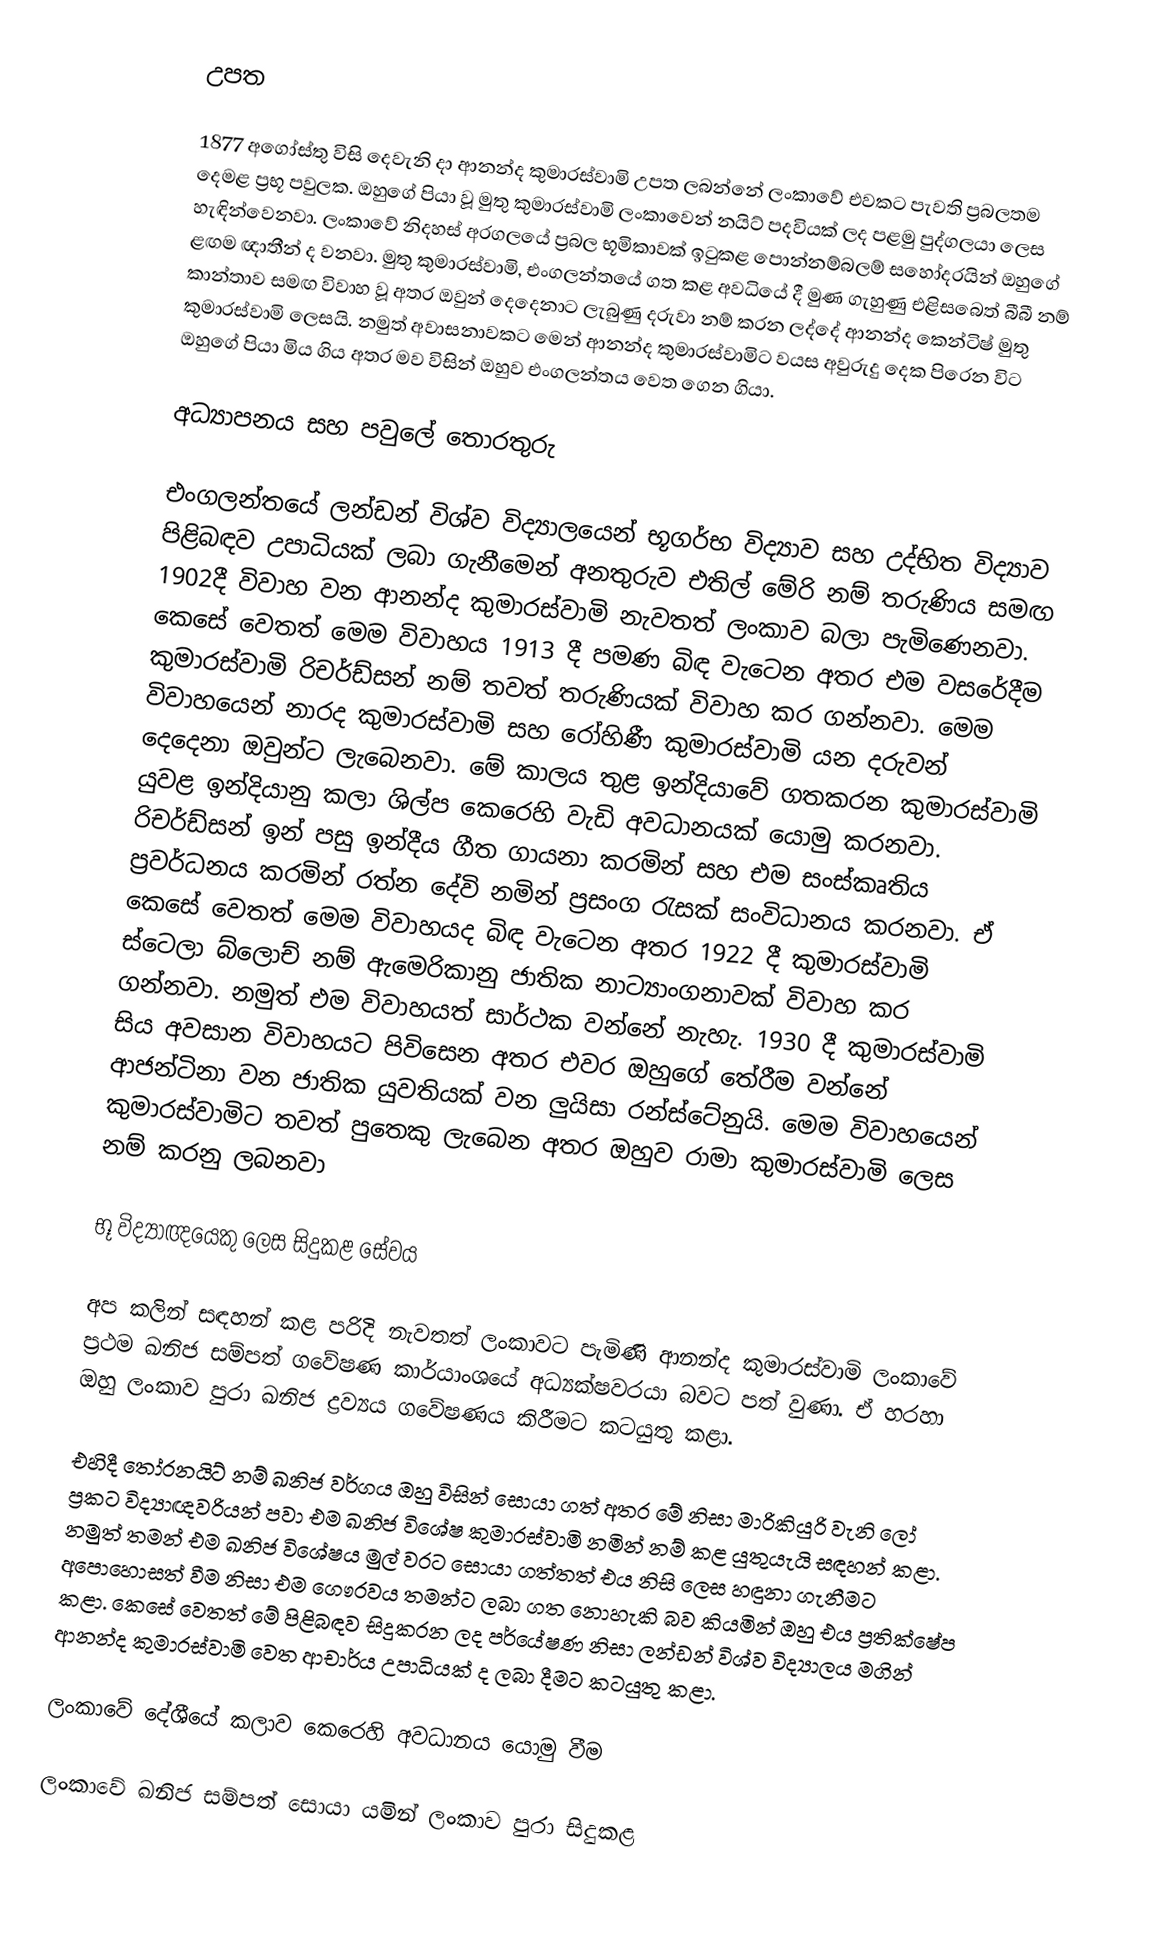
උපත

1877 අගෝස්තු විසි දෙවැනි දා ආනන්ද කුමාරස්වාමි උපත ලබන්නේ ලංකාවේ එවකට පැවති ප්‍රබලතම දෙමළ ප්‍රභූ පවුලක. ඔහුගේ පියා වූ මුතු කුමාරස්වාමි ලංකාවෙන් නයිට් පදවියක් ලද පළමු පුද්ගලයා ලෙස හැඳින්වෙනවා. ලංකාවේ නිදහස් අරගලයේ ප්‍රබල භූමිකාවක් ඉටුකළ පොන්නම්බලම් සහෝදරයින් ඔහුගේ ළඟම ඥාතීන් ද වනවා. මුතු කුමාරස්වාමි, එංගලන්තයේ ගත කළ අවධියේ දී මුණ ගැහුණු එළිසබෙත් බීබී නම් කාන්තාව සමඟ විවාහ වූ අතර ඔවුන් දෙදෙනාට ලැබුණු දරුවා නම් කරන ලද්දේ ආනන්ද කෙන්ටිෂ් මුතු කුමාරස්වාමි ලෙසයි. නමුත් අවාසනාවකට මෙන් ආනන්ද කුමාරස්වාමිට වයස අවුරුදු දෙක පිරෙන විට ඔහුගේ පියා මිය ගිය අතර මව විසින් ඔහුව එංගලන්තය වෙත ගෙන ගියා.

අධ්‍යාපනය සහ පවුලේ තොරතුරු

එංගලන්තයේ ලන්ඩන් විශ්ව විද්‍යාලයෙන් භූගර්භ විද්‍යාව සහ උද්භිත විද්‍යාව පිළිබඳව උපාධියක් ලබා ගැනීමෙන් අනතුරුව එතිල් මේරි නම් තරුණිය සමඟ 1902දී  විවාහ වන ආනන්ද කුමාරස්වාමි නැවතත් ලංකාව බලා පැමිණෙනවා. කෙසේ වෙතත් මෙම විවාහය 1913 දී පමණ බිඳ වැටෙන අතර එම වසරේදීම කුමාරස්වාමි  රිචර්ඩ්සන් නම් තවත් තරුණියක් විවාහ කර ගන්නවා. මෙම විවාහයෙන් නාරද කුමාරස්වාමි සහ රෝහිණී කුමාරස්වාමි යන දරුවන් දෙදෙනා ඔවුන්ට ලැබෙනවා. මේ කාලය තුළ ඉන්දියාවේ ගතකරන කුමාරස්වාමි යුවළ ඉන්දියානු කලා ශිල්ප කෙරෙහි වැඩි අවධානයක් යොමු කරනවා. රිචර්ඩ්සන් ඉන් පසු  ඉන්දීය ගීත ගායනා කරමින් සහ එම සංස්කෘතිය ප්‍රවර්ධනය කරමින් රත්න දේවි නමින් ප්‍රසංග රැසක් සංවිධානය කරනවා. ඒ කෙසේ වෙතත් මෙම විවාහයද බිඳ වැටෙන අතර 1922 දී කුමාරස්වාමි ස්ටෙලා බ්ලොච් නම් ඇමෙරිකානු ජාතික නාට්‍යාංගනාවක් විවාහ කර ගන්නවා. නමුත් එම විවාහයත් සාර්ථක වන්නේ නැහැ. 1930 දී කුමාරස්වාමි සිය අවසාන විවාහයට පිවිසෙන අතර එවර ඔහුගේ තේරීම වන්නේ ආජන්ටිනා වන ජාතික යුවතියක් වන ලුයිසා රන්ස්ටේනුයි. මෙම විවාහයෙන් කුමාරස්වාමිට තවත් පුතෙකු ලැබෙන අතර ඔහුව රාමා කුමාරස්වාමි ලෙස නම් කරනු ලබනවා

භූ විද්‍යාඥයෙකු ලෙස සිදුකළ සේවය

අප කලින් සඳහන් කළ පරිදි නැවතත් ලංකාවට පැමිණි ආනන්ද කුමාරස්වාමි ලංකාවේ ප්‍රථම ඛනිජ සම්පත් ගවේෂණ කාර්යාංශයේ අධ්‍යක්ෂවරයා බවට පත් වුණා. ඒ හරහා ඔහු ලංකාව පුරා ඛනිජ ද්‍රව්‍යය ගවේෂණය කිරීමට කටයුතු කළා.

එහිදී තෝරනයිට් නම් ඛනිජ වර්ගය ඔහු විසින් සොයා ගත් අතර මේ නිසා මාරිකියුරි  වැනි ලෝ ප්‍රකට විද්‍යාඥවරියන් පවා එම ඛනිජ විශේෂ කුමාරස්වාමි නමින් නම් කළ යුතුයැයි සඳහන් කළා. නමුත් තමන් එම ඛනිජ විශේෂය මුල් වරට සොයා ගත්තත් එය නිසි ලෙස හඳුනා ගැනීමට අපොහොසත් වීම නිසා එම ගෞරවය තමන්ට ලබා ගත නොහැකි බව කියමින් ඔහු එය ප්‍රතික්ෂේප කළා. කෙසේ වෙතත් මේ පිළිබඳව සිදුකරන ලද පර්යේෂණ නිසා ලන්ඩන් විශ්ව විද්‍යාලය මගින් ආනන්ද කුමාරස්වාමි වෙත ආචාර්ය උපාධියක් ද ලබා දීමට කටයුතු කළා.

ලංකාවේ දේශීයේ කලාව කෙරෙහි අවධානය යොමු වීම

ලංකාවේ ඛනිජ සම්පත් සොයා යමින් ලංකාව පුරා සිදුකළ